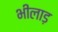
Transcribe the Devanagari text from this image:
भीलाड़